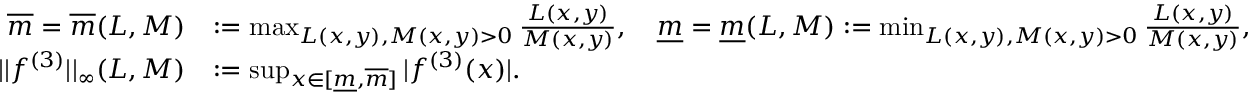
\begin{array} { r l } { \overline { { m } } = \overline { { m } } ( L , M ) } & { : = \operatorname* { m a x } _ { L ( x , y ) , M ( x , y ) > 0 } \frac { L ( x , y ) } { M ( x , y ) } , \quad \underline { { m } } = \underline { { m } } ( L , M ) : = \operatorname* { m i n } _ { L ( x , y ) , M ( x , y ) > 0 } \frac { L ( x , y ) } { M ( x , y ) } , } \\ { | | f ^ { ( 3 ) } | | _ { \infty } ( L , M ) } & { : = \operatorname* { s u p } _ { x \in [ \underline { { m } } , \overline { { m } } ] } | f ^ { ( 3 ) } ( x ) | . } \end{array}